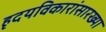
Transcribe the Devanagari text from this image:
हृदयविकारांसारख्या